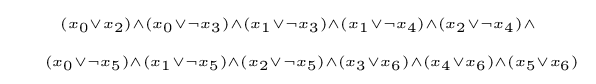
\scriptscriptstyle (x_{0}\lor x_{2})\land (x_{0}\lor \lnot x_{3})\land (x_{1}\lor \lnot x_{3})\land (x_{1}\lor \lnot x_{4})\land (x_{2}\lor \lnot x_{4})\land {} \atop \quad \scriptscriptstyle (x_{0}\lor \lnot x_{5})\land (x_{1}\lor \lnot x_{5})\land (x_{2}\lor \lnot x_{5})\land (x_{3}\lor x_{6})\land (x_{4}\lor x_{6})\land (x_{5}\lor x_{6})